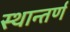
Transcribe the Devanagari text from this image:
स्थान्तर्ण